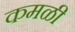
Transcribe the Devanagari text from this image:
कमळी